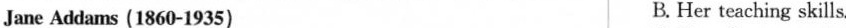
Jane Addams (1860-1935) B. Her teaching skills.